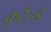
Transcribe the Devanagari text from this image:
कृटैन्ड